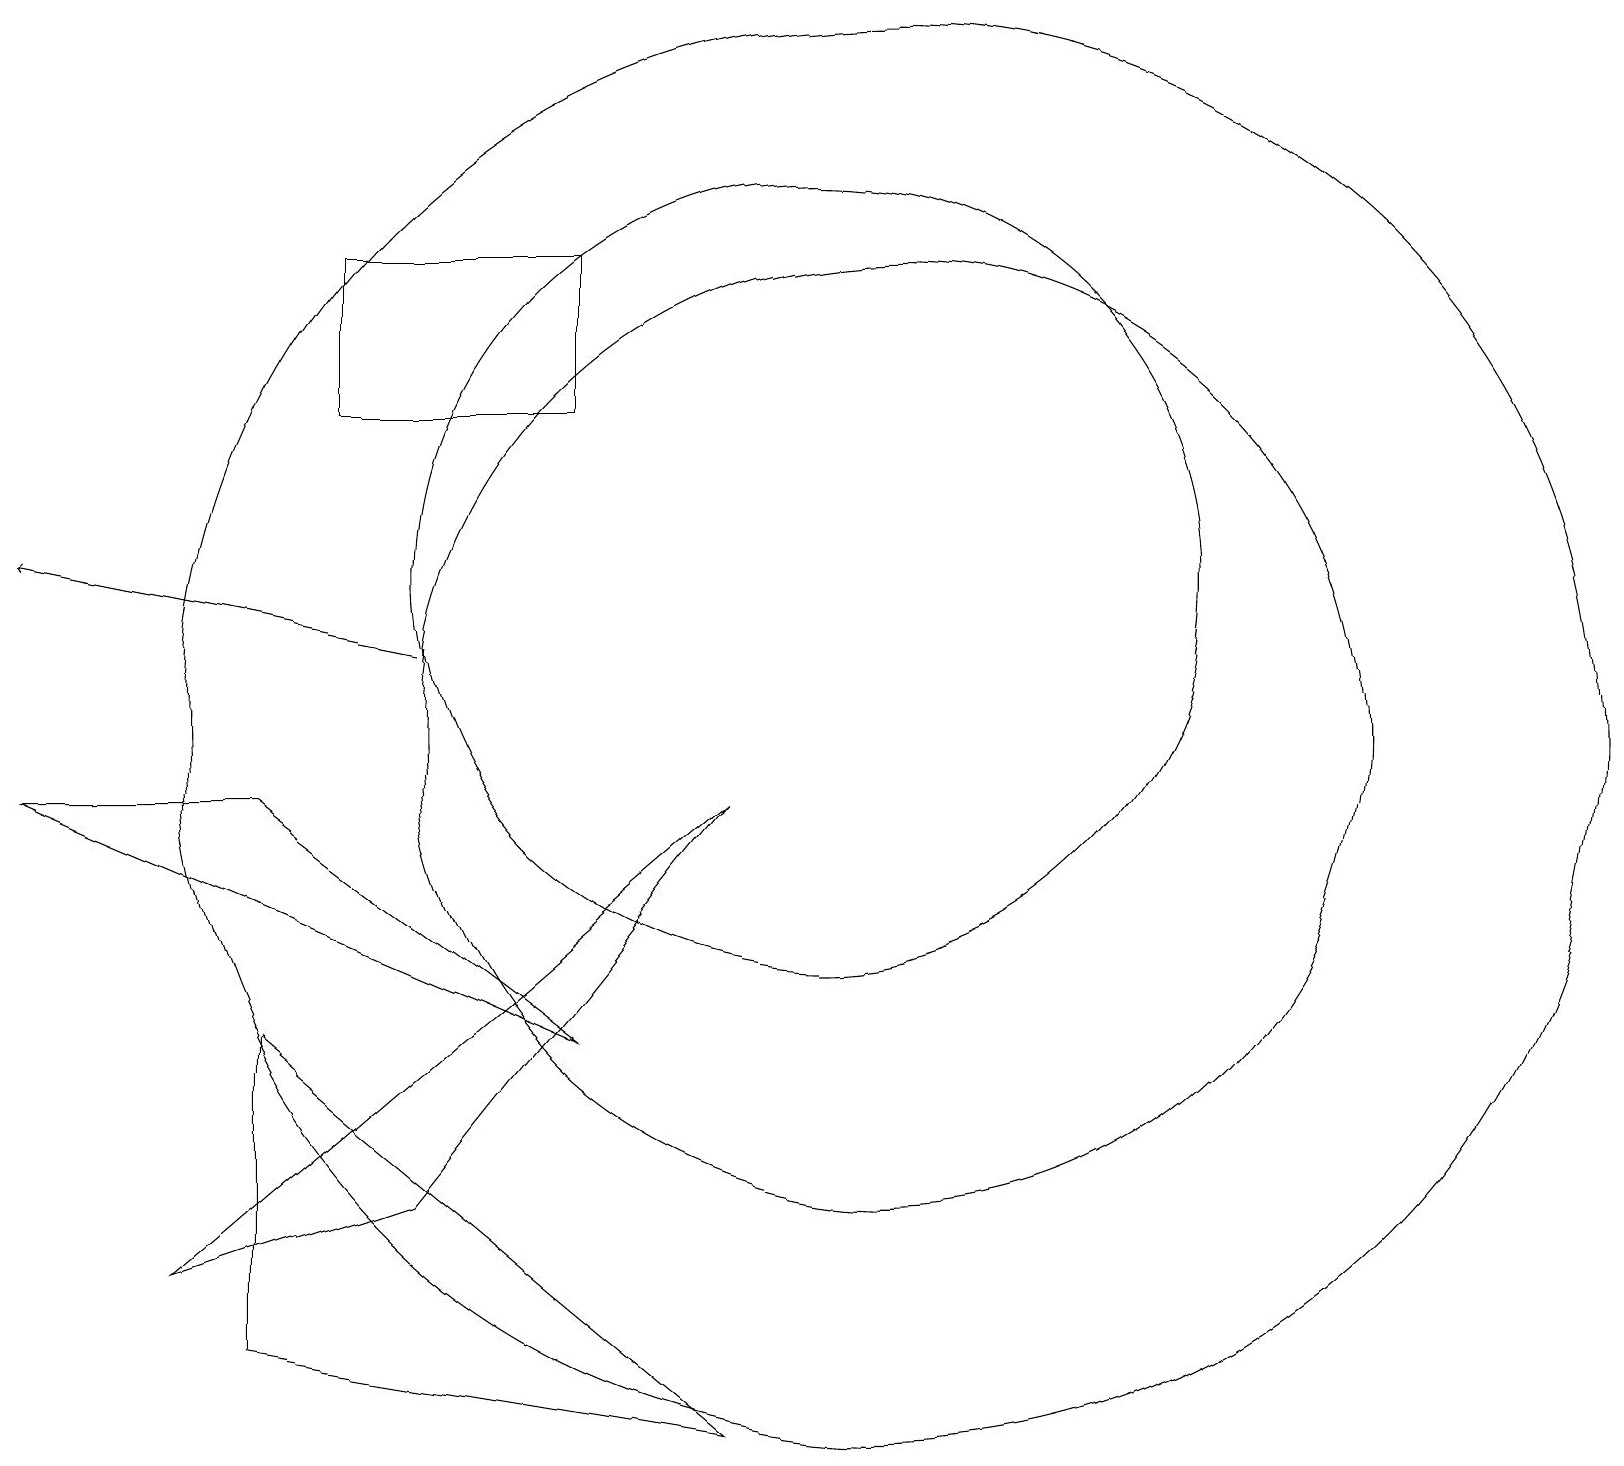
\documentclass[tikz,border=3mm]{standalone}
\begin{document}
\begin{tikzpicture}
\draw (3,2) -- (9,1) -- (3,6) -- cycle;
\draw (5,4) -- (2,3) -- (9,9) -- cycle;
\draw (11,10) circle (6);
\draw (7,16) rectangle (4,14);
\draw (11,10) circle (9);
\draw (10,12) circle (5);
\draw[->] (5,11) -- (0,12);
\draw (3,9) -- (7,6) -- (0,9) -- cycle;
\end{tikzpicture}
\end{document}